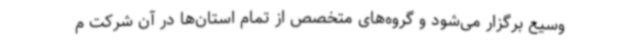
وسیع برگزار می‌شود و گروه‌های متخصص از تمام استان‌ها در آن شرکت م